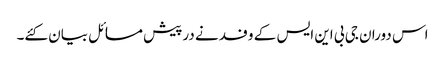
اس دوران جی بی این ایس کے وفد نے درپیش مسائل بیان کئے۔